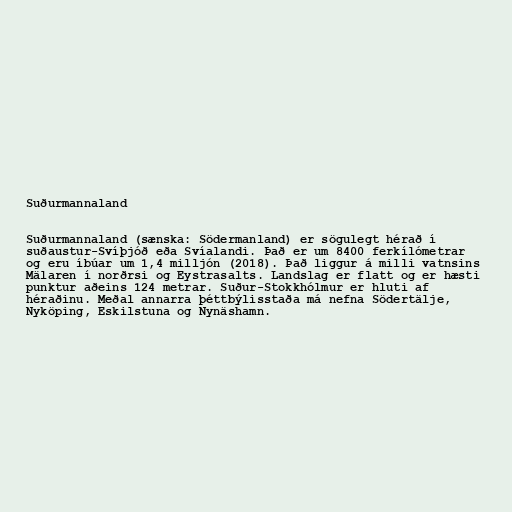
Suðurmannaland

Suðurmannaland (sænska: Södermanland) er sögulegt hérað í
suðaustur-Svíþjóð eða Svíalandi. Það er um 8400 ferkílómetrar
og eru íbúar um 1,4 milljón (2018). Það liggur á milli vatnsins
Mälaren í norðrsi og Eystrasalts. Landslag er flatt og er hæsti
punktur aðeins 124 metrar. Suður-Stokkhólmur er hluti af
héraðinu. Meðal annarra þéttbýlisstaða má nefna Södertälje,
Nyköping, Eskilstuna og Nynäshamn.